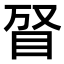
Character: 𥅐